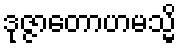
ဒုဇ္ဇာတောဟမသ္မိ